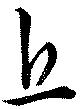
丘